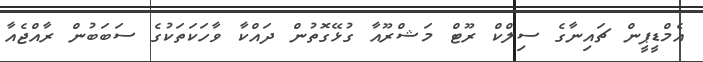
އެމްޑީޕީން ޗައިނާގެ ސިލްކް ރޫޓް މަޝްރޫއާ ގުޅޭގޮތުން ދަައްކާ ވާހަކަތަކުގެ ސަބަބުން ރާއްޖެއާ